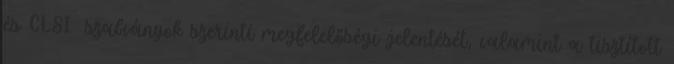
és CLSI® szabványok szerinti megfelelőségi jelentését, valamint a tisztított